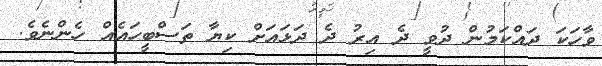
ވާހަކަ ދައްކަމުން ދުވީ ދެ އިރު ދެ ދަޅައަށް ކިޔާ ތަސްބީހައެއް ހެންނެވެ.